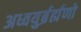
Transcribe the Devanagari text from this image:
अध्वयुर्ब्रर्ह्मणो